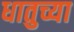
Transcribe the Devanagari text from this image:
धातुच्या